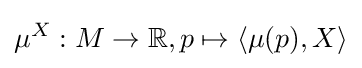
\mu ^{X}:M\to \mathbb {R} ,p\mapsto \langle \mu (p),X\rangle